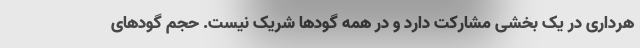
هرداری در یک بخشی مشارکت دارد و در همه گودها شریک نیست. حجم گودهای